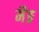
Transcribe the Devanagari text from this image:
मैङ